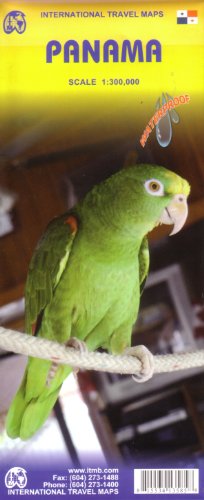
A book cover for Panama 1:300,000 Travel Map (English and Spanish Edition); ITM Canada; Travel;